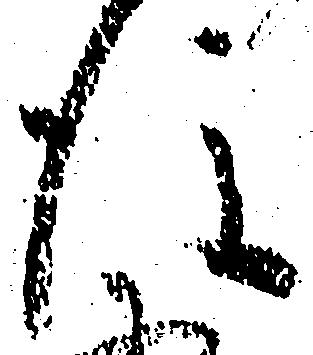
後